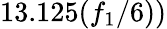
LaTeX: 13.125({f_{1}}/{6}))